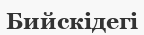
Бийскідегі